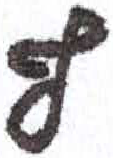
אות: ף